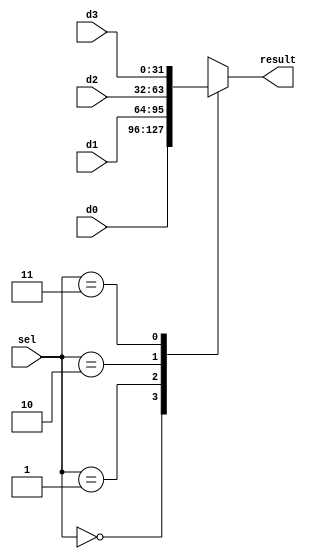

module MUX_d32s2(
    input [31:0] d0,
    input [31:0] d1,
    input [31:0] d2,
    input [31:0] d3,
    input [1:0] sel,
    output reg [31:0] result);
    always @(*) begin
        case (sel)
            2'b00: result = d0;
            2'b01: result = d1;
            2'b10: result = d2;
            2'b11: result = d3;
        endcase
    end
endmodule
// module MUX_d32s3(
//     input [31:0] d0,
//     input [31:0] d1,
//     input [31:0] d2,
//     input [31:0] d3,
//     input [31:0] d4,
//     input [31:0] d5,
//     input [31:0] d6,
//     input [31:0] d7,
//     input [2:0] sel,
//     output reg [31:0] result);
//     always @(*) begin
//         case (sel)
//             3'b000: result = d0;
//             3'b001: result = d1;
//             3'b010: result = d2;
//             3'b011: result = d3;
//             3'b100: result = d4;
//             3'b101: result = d5;
//             3'b110: result = d6;
//             3'b111: result = d7;
//         endcase
//     end
// endmodule
// module MUX_d5s2(
//     input [4:0] d0,
//     input [4:0] d1,
//     input [4:0] d2,
//     input [4:0] d3,
//     input [1:0] sel,
//     output reg [4:0] result);
//     always @(*) begin
//         case (sel)
//             2'b00: result = d0;
//             2'b01: result = d1;
//             2'b10: result = d2;
//             2'b11: result = d3;
//         endcase
//     end
// endmodule
module MUX_d32s1(
    input [31:0] d0,
    input [31:0] d1,
    input [0:0] sel,
    output reg [31:0] result);
    always @(*) begin
        case (sel)
            1'b0: result = d0;
            1'b1: result = d1;
        endcase
    end
endmodule